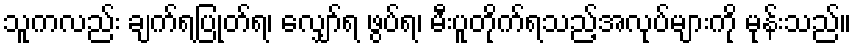
သူကလည်း ချက်ရပြုတ်ရ၊ လျှော်ရ ဖွပ်ရ၊ မီးပူတိုက်ရသည့်အလုပ်များကို မုန်းသည်။